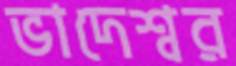
ভাদেশ্বর